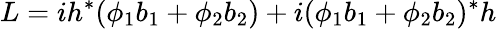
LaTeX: L=ih^{*}(\phi_{1}b_{1}+\phi_{2}b_{2})+i(\phi_{1}b_{1}+\phi_{2}b_{2})^{*}h